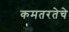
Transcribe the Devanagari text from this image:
कमतरतेचे